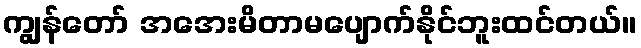
ကျွန်တော် အအေးမိတာမပျောက်နိုင်ဘူးထင်တယ်။